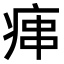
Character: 𤶱